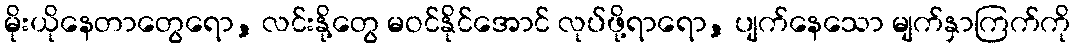
မိုးယိုနေတာတွေရော, လင်းနို့တွေ မဝင်နိုင်အောင် လုပ်ဖို့ရာရော, ပျက်နေသော မျက်နှာကြက်ကို